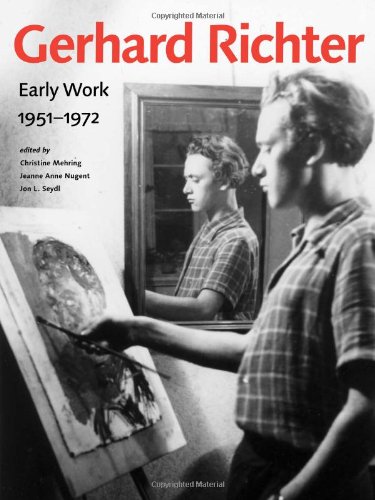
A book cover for Gerhard Richter: Early Work, 1951-1972; Arts & Photography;